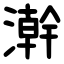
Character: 澣